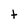
Character: t